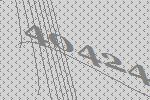
40424